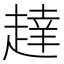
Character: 𬦔